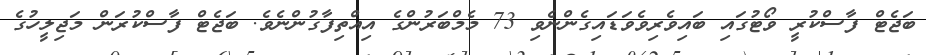
ބަޖެޓް ފާސްކުރީ ވޯޓުގައި ބައިވެރިވެވަޑައިގެންނެވި 73 މެމްބަރުންގެ އިއްތިފާގުންނެވެ. ބަޖެޓް ފާސްކުރަން މަޖިލީހުގެ